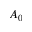
A _ { 0 }